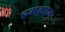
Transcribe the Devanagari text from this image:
हमक़दम